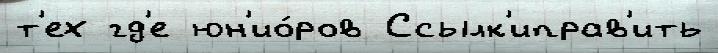
т'ех гд'е юн'ио́ров Ссылк'иправ'ить